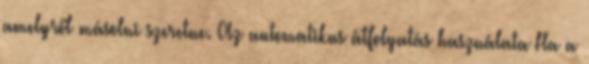
amelyről másolni szeretne. Az automatikus átfolyatás használata Ha a